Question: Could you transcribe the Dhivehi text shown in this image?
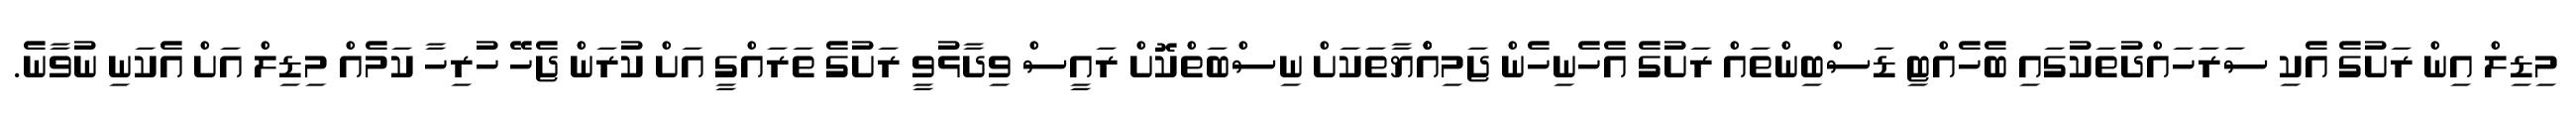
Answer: މިޑިލް އިން ރަށުގެ އެކި ސަރަހައްދުތަކުގައި ބެހެއްޓި ޑަސްބިންތައް ރަށުގެ އެހެނިހެން ޖަމިއްްޔާތަކަށް ނިސްބަތްކޮށް ރައީސް ވިދާޅުވީ ރަށުގެ ތަރައްގީ އަށް ކުރަން ޖެހޭ ހުރިހާ ކަމެއް މިޑިލް އަށް އެކަނި ނުވާނެ.